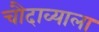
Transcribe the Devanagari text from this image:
चौदाव्याला